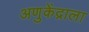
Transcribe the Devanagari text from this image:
अणुकेंद्राला